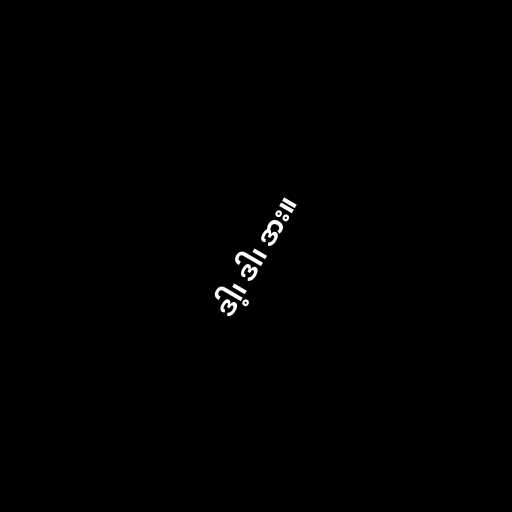
ဒါ့၊ ဒါ၊ ဒား။